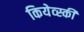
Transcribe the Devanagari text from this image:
कियेव्स्की